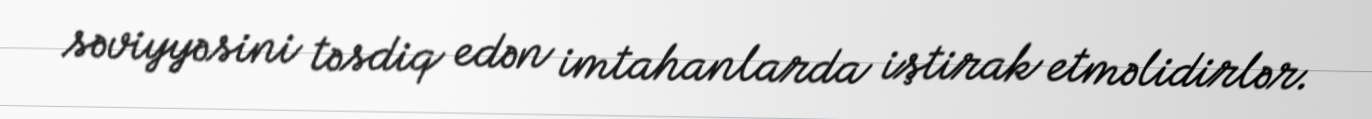
səviyyəsini təsdiq edən imtahanlarda iştirak etməlidirlər.